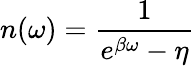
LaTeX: n(\omega)=\frac{1}{e^{\beta\omega}-\eta}